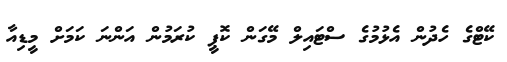
ކޭޓްގެ ހެދުން އެޅުމުގެ ސްޓައިލް މޭގަން ކޮޕީ ކުރަމުން އަންނަ ކަމަށް މީޑިއާ